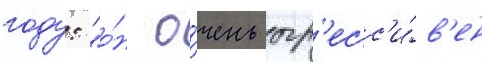
году: "о́н о́чень агр'есс'и́в'ен